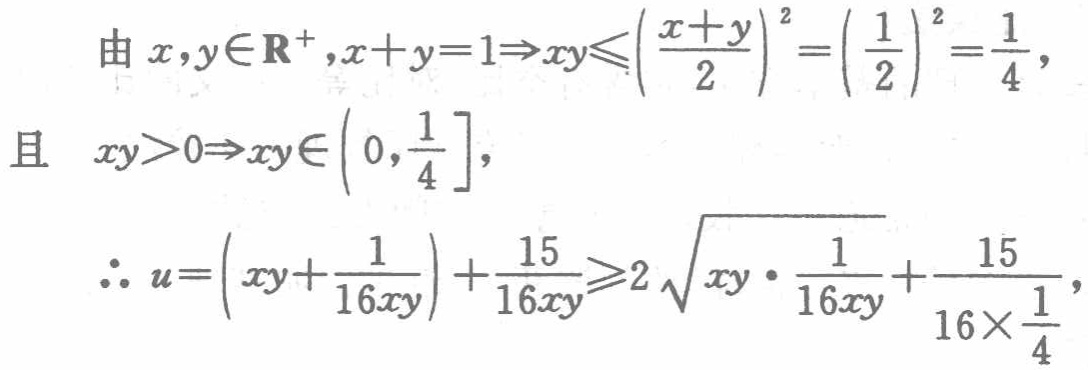
由 \(x,y\in\mathbf{R}^{+},x + y = 1\Rightarrow xy\leqslant\left(\frac{x + y}{2}\right)^{2}=\left(\frac{1}{2}\right)^{2}=\frac{1}{4}\)，

且 \(xy>0\Rightarrow xy\in\left(0,\frac{1}{4}\right]\)，

\(\therefore u=\left(xy+\frac{1}{16xy}\right)+\frac{15}{16xy}\geqslant2\sqrt{xy\cdot\frac{1}{16xy}}+\frac{15}{16\times\frac{1}{4}}\)